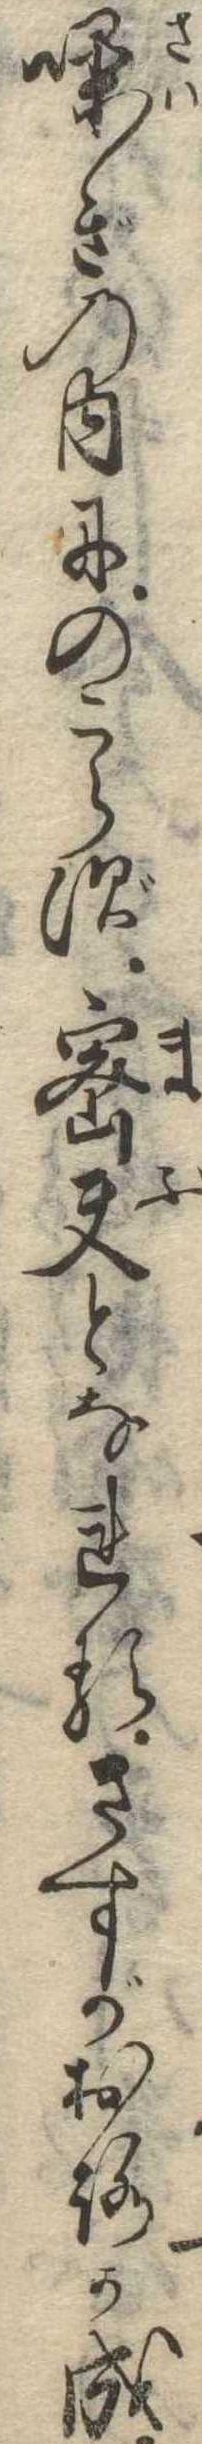
噪ぎの内にのこらず密夫となれるさすがおろか成